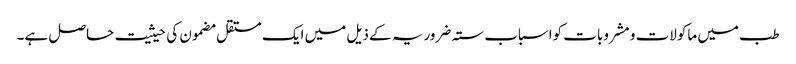
طب میں ماکولات و مشروبات کواسباب ستہ ضروریہ کے ذیل میں ایک مستقل مضمون کی حیثیت حاصل ہے۔